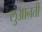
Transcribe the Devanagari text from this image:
लुआनती